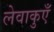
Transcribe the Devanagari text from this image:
लेवाकुएँ